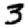
Digit: 3